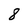
Character: 8